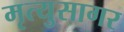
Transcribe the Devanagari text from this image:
मृत्युसागर